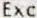
EXC